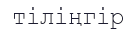
тіліңгір